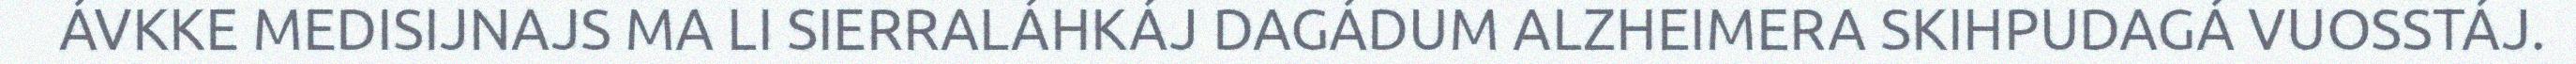
ÁVKKE MEDISIJNAJS MA LI SIERRALÁHKÁJ DAGÁDUM ALZHEIMERA SKIHPUDAGÁ VUOSSTÁJ.